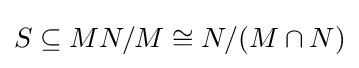
S\subseteq MN/M\cong N/(M\cap N)